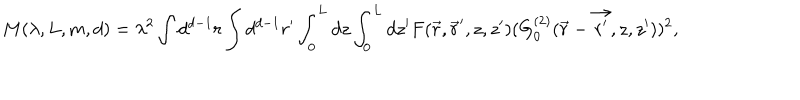
M ( \lambda , L , m , d ) = \lambda ^ { 2 } \int d ^ { d - 1 } r \int d ^ { d - 1 } r ^ { \prime } \int _ { 0 } ^ { L } d z \int _ { 0 } ^ { L } d z ^ { \prime } F ( \vec { r } , \vec { r } ^ { \prime } , z , z ^ { \prime } ) ( G _ { 0 } ^ { ( 2 ) } ( \vec { r } - \vec { { r } ^ { \prime } } , z , z ^ { \prime } ) ) ^ { 2 } ,